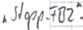
Text: "Stopp.FB2"